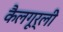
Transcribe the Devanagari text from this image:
कैलगूर्ली